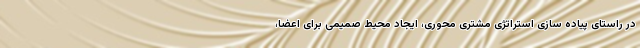
در راستای پیاده سازی استراتژی مشتری محوری، ایجاد محیط صمیمی برای اعضا،